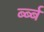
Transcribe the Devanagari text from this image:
र्ब्ब्ब